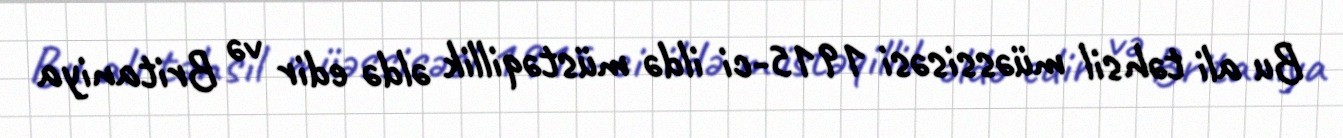
Bu ali təhsil müəssisəsi 1915-ci ildə müstəqillik əldə edir və Britaniya